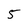
Character: 5